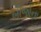
બીજોના